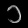
Digit: ၁